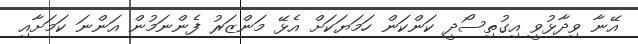
އޭނާ ވިދާޅުވީ އިގުތިސޯދީ ކަންކަން ހަމަޔަކަށް އެޅޭ މަންޒަރު ފެންނަމުން އަންނަ ކަމަށާއި